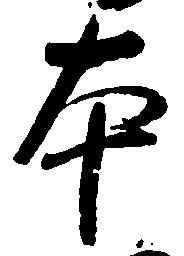
本